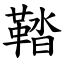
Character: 鞜